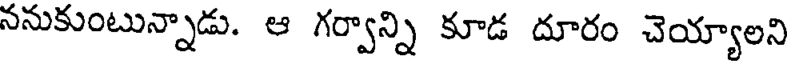
ననుకుంటున్నాడు. ఆ గర్వాన్ని కూడ దూరం చెయ్యాలని